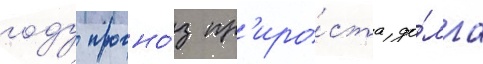
году прогно́з пр'иро́ста до́лга